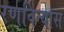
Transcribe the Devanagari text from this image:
रणविन्यास